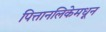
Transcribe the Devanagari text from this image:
पित्तानलिकेमधून